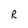
Character: R